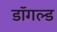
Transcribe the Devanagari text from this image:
डॉगल्ड